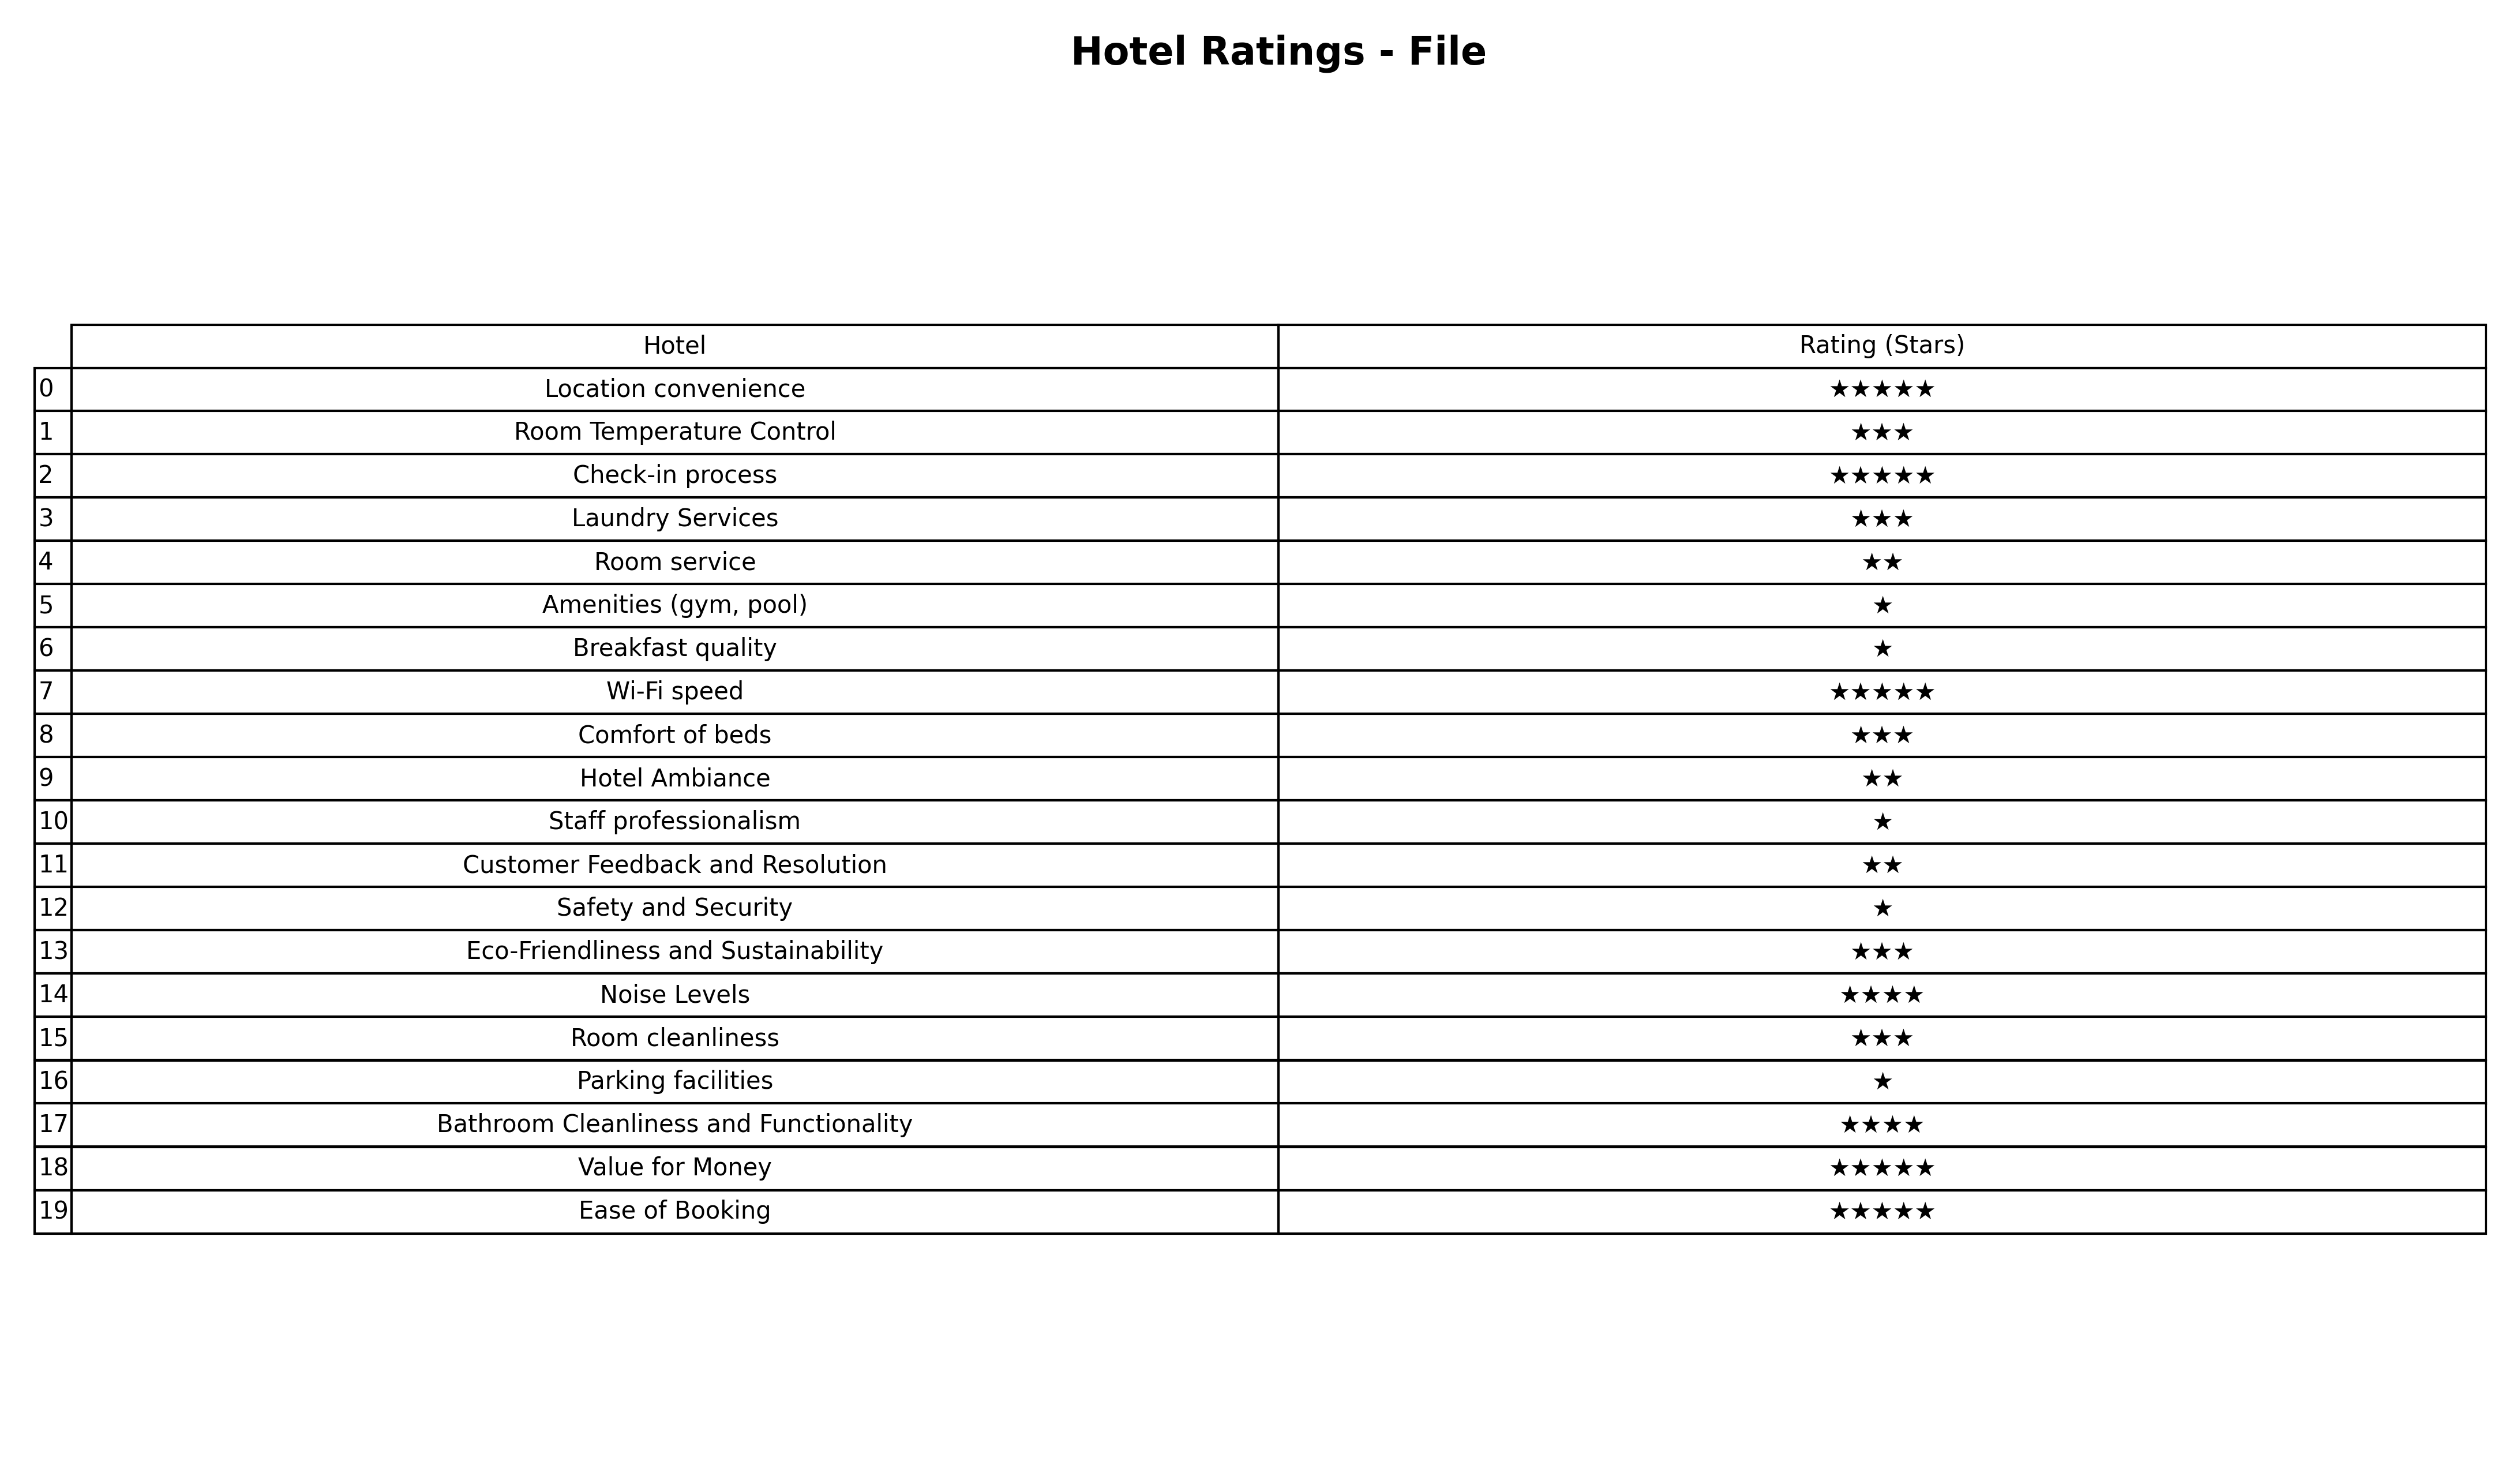
question: What are lowest rating services?
answer: Noise LevelsBathroom Cleanliness and Functionality